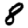
Digit: 8